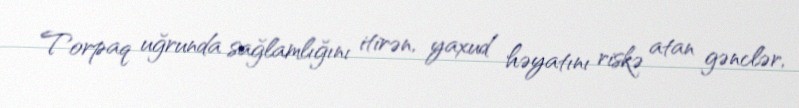
Torpaq uğrunda sağlamlığını itirən, yaxud həyatını riskə atan gənclər,